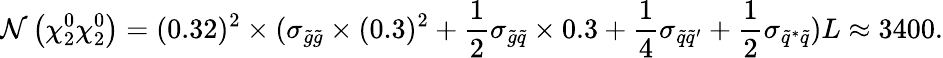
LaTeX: \mathcal{N}\left(\chi_{2}^{0}\chi_{2}^{0}\right)=(0.32)^{2}\times(\sigma_{\tilde{{g}}\tilde{{g}}}\times(0.3)^{2}+\frac{{1}}{{2}}\sigma_{\tilde{{g}}\tilde{{q}}}\times0.3+\frac{{1}}{{4}}\sigma_{\tilde{{q}}\tilde{{q}}^{\prime}}+\frac{{1}}{{2}}\sigma_{\tilde{{q}}^{\ast}\tilde{{q}}})L\approx3400.